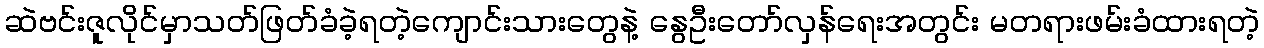
ဆဲဗင်းဇူလိုင်မှာသတ်ဖြတ်ခံခဲ့ရတဲ့ကျောင်းသားတွေနဲ့ နွေဦးတော်လှန်ရေးအတွင်း မတရားဖမ်းခံထားရတဲ့